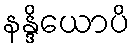
နန္ဒိယောပိ